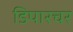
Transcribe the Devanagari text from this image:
डिपारचर